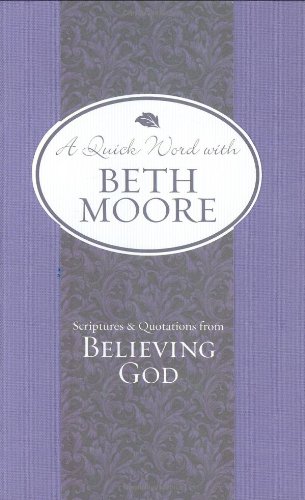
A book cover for Scriptures and Quotations from Believing God (A Quick Word with Beth Moore); Beth Moore; Christian Books & Bibles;